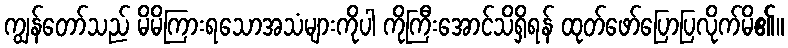
ကျွန်တော်သည် မိမိကြားရသောအသံများကိုပါ ကိုကြီးအောင်သိရှိရန် ထုတ်ဖော်ပြောပြလိုက်မိ၏။